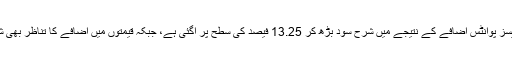
گورنر اسٹیٹ بینک کے مطابق 100 بیسز پوانٹس اضافے کے نتیجے میں شرح سود بڑھ کر 13.25 فیصد کی سطح پر آگئی ہے، جبکہ قیمتوں میں اضافے کا تناظر بھی شرح سود میں اضافے کی ایک وجہ ہے۔